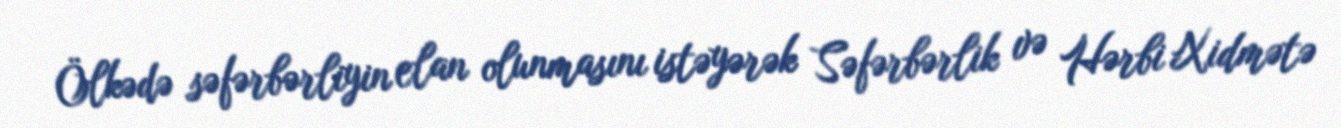
Ölkədə səfərbərliyin elan olunmasını istəyərək Səfərbərlik və Hərbi Xidmətə